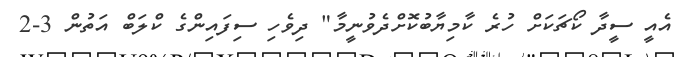
އެއީ ސީދާ ކޯޗަކަށް ހުރެ ކާމިޔާބުކޮށްދެވުނީމާ" ދިވެހި ސިފައިންގެ ކްލަބް އަތުން 3-2